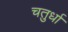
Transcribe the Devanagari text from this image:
चतुर्धा